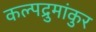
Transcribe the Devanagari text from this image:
कल्पद्रुमांकुर